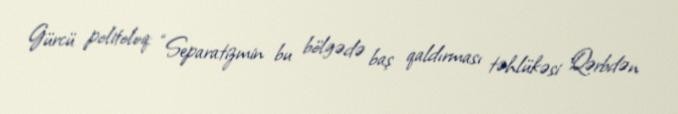
Gürcü politoloq: “Separatizmin bu bölgədə baş qaldırması təhlükəsi Qərbdən